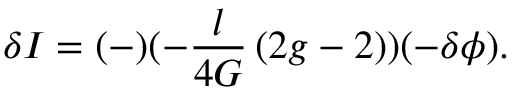
\delta I = ( - ) ( - { \frac { l } { 4 G } } \, ( 2 g - 2 ) ) ( - \delta \phi ) .